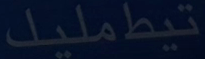
تيطمليك